Indian Civil Veterinary Department memoirs
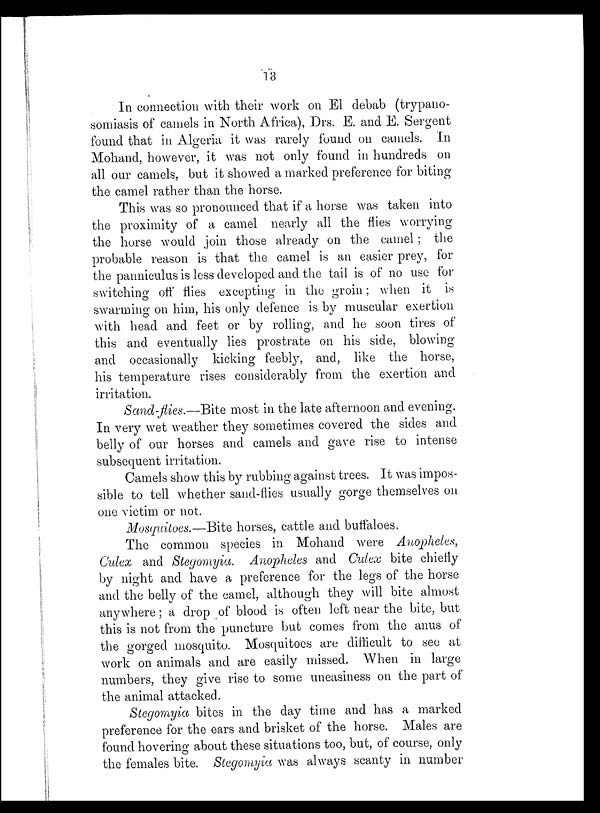
13
In connection with their work on El debab (trypano-
somiasis of camels in North Africa), Drs. E. and E. Sergent
found that in Algeria it was rarely found on camels. In
Mohand, however, it was not only found in hundreds on
all our camels, but it showed a marked preference for biting
the camel rather than the horse.
This was so pronounced that if a horse was taken into
the proximity of a camel nearly all the flies worrying
the horse would join those already on the camel; the
probable reason is that the camel is an easier prey, for
the panniculus is less developed and the tail is of no use for
switching off flies excepting in the groin; when it is
swarming on him, his only defence is by muscular exertion
with head and feet or by rolling, and he soon tires of
this and eventually lies prostrate on his side, blowing
and occasionally kicking feebly, and, like the horse,
his temperature rises considerably from the exertion and
irritation.
Sand-flies.—Bite most in the late afternoon and evening.
In very wet weather they sometimes covered the sides and
belly of our horses and camels and gave rise to intense
subsequent irritation.
Camels show this by rubbing against trees. It was impos-
sible to tell whether sand-flies usually gorge themselves on
one victim or not.
Mosquitoes.—Bite horses, cattle and buffaloes.
The common species in Mohand were Anopheles,
Culex and Stegomyia. Anopheles and Culex bite chiefly
by night and have a preference for the legs of the horse
and the belly of the camel, although they will bite almost
anywhere; a drop of blood is often left near the bite, but
this is not from the puncture but comes from the anus of
the gorged mosquito. Mosquitoes are difficult to see at
work on animals and are easily missed. When in large
numbers, they give rise to some uneasiness on the part of
the animal attacked.
Stegomyia bites in the day time and has a marked
preference for the ears and brisket of the horse. Males are
found hovering about these situations too, but, of course, only
the females bite. Stegomyia was always scanty in number